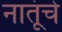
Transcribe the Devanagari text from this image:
नातूंचे